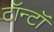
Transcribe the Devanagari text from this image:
टॉन्टॉ